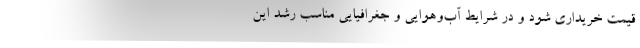
قیمت خریداری شود و در شرایط آب‌و‌هوایی و جغرافیایی مناسب رشد این